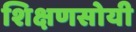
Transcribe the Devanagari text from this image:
शिक्षणसोयी